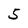
Character: 5